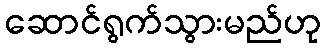
ဆောင်ရွက်သွားမည်ဟု